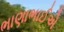
ભાણાભાઈએ